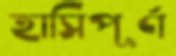
হাসিপূর্ণ